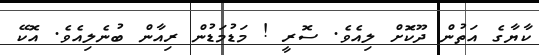
ކާޔާގެ އަތުން ދޫކޮަަށް ލިއެވެ. ސޮރީ ! މަޑުމަޑުން ރިއާން ބުނެލިއެވެ. އޮކޭ